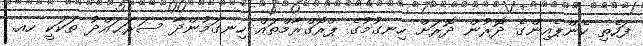
ފަހެތި ކެންޕެއިންގެ ދޮރުން ދޮރަށް ހިނގުމުގެ ޕްރޮގްރާމްތައް ހިނގަމުންދާ ސަރަޙައްދު ތަކަކީ ހއ.